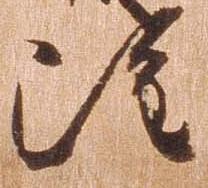
雖